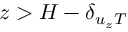
z > H - \delta _ { u _ { z } T }